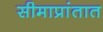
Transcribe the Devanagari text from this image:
सीमाप्रांतात